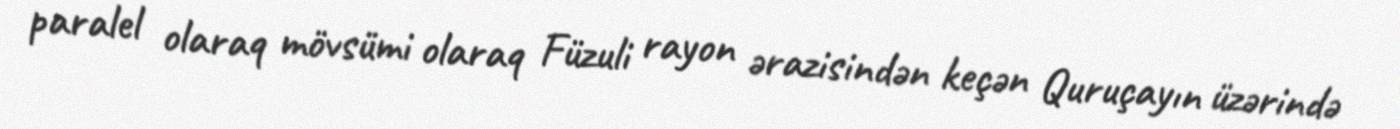
paralel olaraq mövsümi olaraq Füzuli rayon ərazisindən keçən Quruçayın üzərində